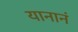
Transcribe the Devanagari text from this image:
यानानं